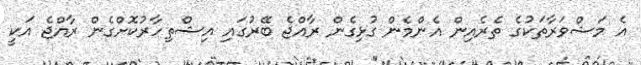
އެ މަޝްވަރާތަކުގެ ތެރެއިން އެންމެން ގުޅިގެން ރާއްޖެ ބޭރުގައި އިޝްތިހާރުކޮށްގެން ރާއްޖެ އަކީ